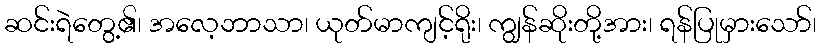
ဆင်းရဲတွေ့၏၊ အလေ့ဘာသာ၊ ယုတ်မာကျင့်ရိုး၊ ကျွန်ဆိုးတို့အား၊ ရန်ပြုမှားသော်၊